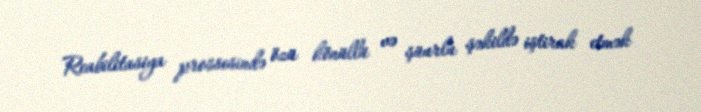
Reabilitasiya prossesində özü könüllü və şüurlu şəkildə iştirak etmək